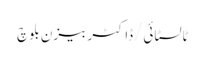
ٹالسٹائی/ڈاکٹر بیزن بلوچ